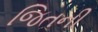
જિતની